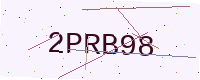
Text: 2PRB98